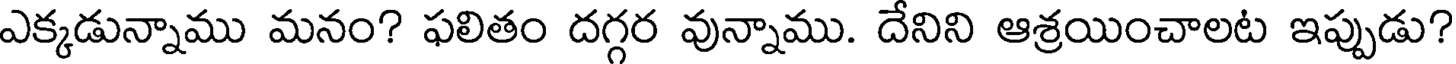
ఎక్కడున్నాము మనం? ఫలితం దగ్గర వున్నాము. దేనిని ఆశ్రయించాలట ఇప్పుడు?